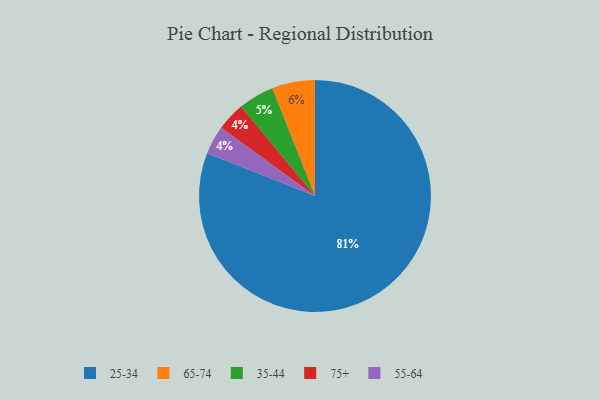
{"axis": {"x": "Category", "y": "Percentage"}, "legend": ["25-34", "35-44", "55-64", "65-74", "75+"], "data": [{"x": "75+", "y": 4, "type": "75+"}, {"x": "35-44", "y": 5, "type": "35-44"}, {"x": "25-34", "y": 81, "type": "25-34"}, {"x": "65-74", "y": 6, "type": "65-74"}, {"x": "55-64", "y": 4, "type": "55-64"}]}